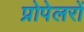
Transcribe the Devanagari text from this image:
प्रोपेलरों